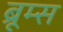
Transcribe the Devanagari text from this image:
ब्रूम्स